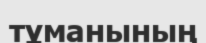
тұманының